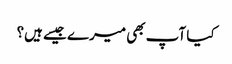
کیا آپ بھی میرے جیسے ہیں؟